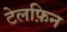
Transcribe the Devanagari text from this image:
टेलफ़िन